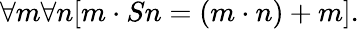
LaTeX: \forall m\forall n[m\cdot Sn=(m\cdot n)+m].